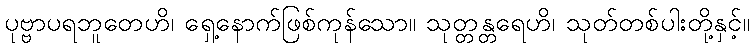
ပုဗ္ဗာပရဘူတေဟိ၊ ရှေ့နောက်ဖြစ်ကုန်သော။ သုတ္တန္တရေဟိ၊ သုတ်တစ်ပါးတို့နှင့်။